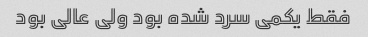
فقط یکمی سرد شده بود ولی عالی بود